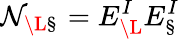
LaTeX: \mathcal{N}_{\L\S}=E_{\L}^{I}E_{\S}^{I}